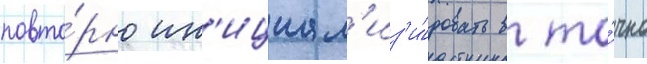
повто́рно ин'ициал'из'и́ровать в то́чно